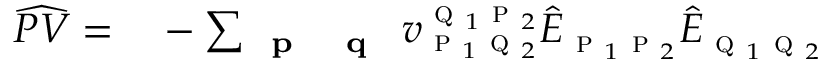
\begin{array} { r l } { \widehat { P V } = } & { { } - \sum _ { \substack { \textbf { \textsc { p } } \textbf { \textsc { q } } } } v _ { \textsc { p } _ { 1 } \textsc { q } _ { 2 } } ^ { \textsc { q } _ { 1 } \textsc { p } _ { 2 } } \hat { E } _ { \textsc { p } _ { 1 } \textsc { p } _ { 2 } } \hat { E } _ { \textsc { q } _ { 1 } \textsc { q } _ { 2 } } } \end{array}